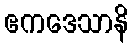
ဧကဒေသာနိ